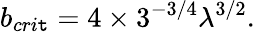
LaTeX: b_{cri\mathtt{t}}=4\times3^{-3/4}\lambda^{3/2}.